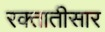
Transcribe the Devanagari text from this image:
रक्तातीसार